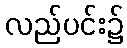
လည်ပင်း၌